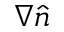
\nabla \widehat { n }